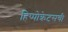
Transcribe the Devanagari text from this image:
हिप्पोक्रेटसची